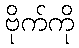
ဗိုက်ကို